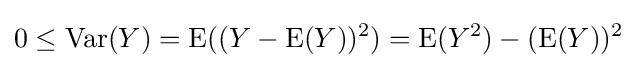
0\leq \operatorname {Var} (Y)=\operatorname {E} ((Y-\operatorname {E} (Y))^{2})=\operatorname {E} (Y^{2})-(\operatorname {E} (Y))^{2}